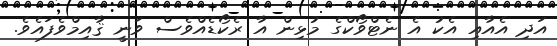
އަދި އެއާއި އެކު އެ ނެޓްވޯކްގެ މުޅިން އާ ރެކޯޑެއްވެސް ވަނީ ޤާއިމްވެފައެވެ.